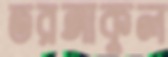
তরঙ্গাকুল